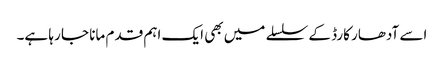
اسے آدھار کارڈ کے سلسلے میں بھی ایک اہم قدم مانا جا رہا ہے۔